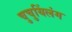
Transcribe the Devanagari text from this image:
चुचुयिंलंग